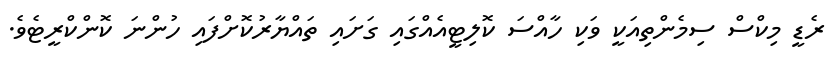
ރެޑީ މިކްސް ސިމެންތިއަކީ ވަކި ހާއްސަ ކޮލިޓީއެއްގައި ގަށައި ތައްޔާރުކޮށްފައި ހުންނަ ކޮންކްރީޓެވެ.